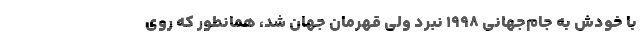
با خودش به جام‌جهانی 1998 نبرد ولی قهرمان جهان شد، همانطور که روی